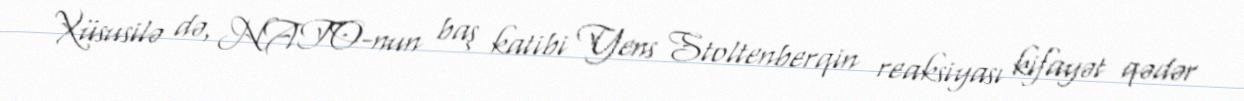
Xüsusilə də, NATO-nun baş katibi Yens Stoltenberqin reaksiyası kifayət qədər